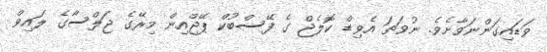
ވަޑައިގަންނަވާށެވެ. ނުވަތަ އެވިޑް ކޮލެޖް ގެ ފޭސްބުކް ޕޭޖްއިން މިރޭގެ ޖަލްސާގެ ލައިވް